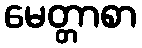
မေတ္တာစာ